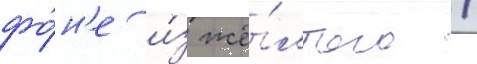
фо́н'е и́з жё́лтого /